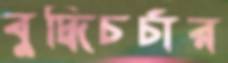
বুদ্ধিচর্চার